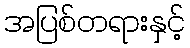
အပြစ်တရားနှင့်